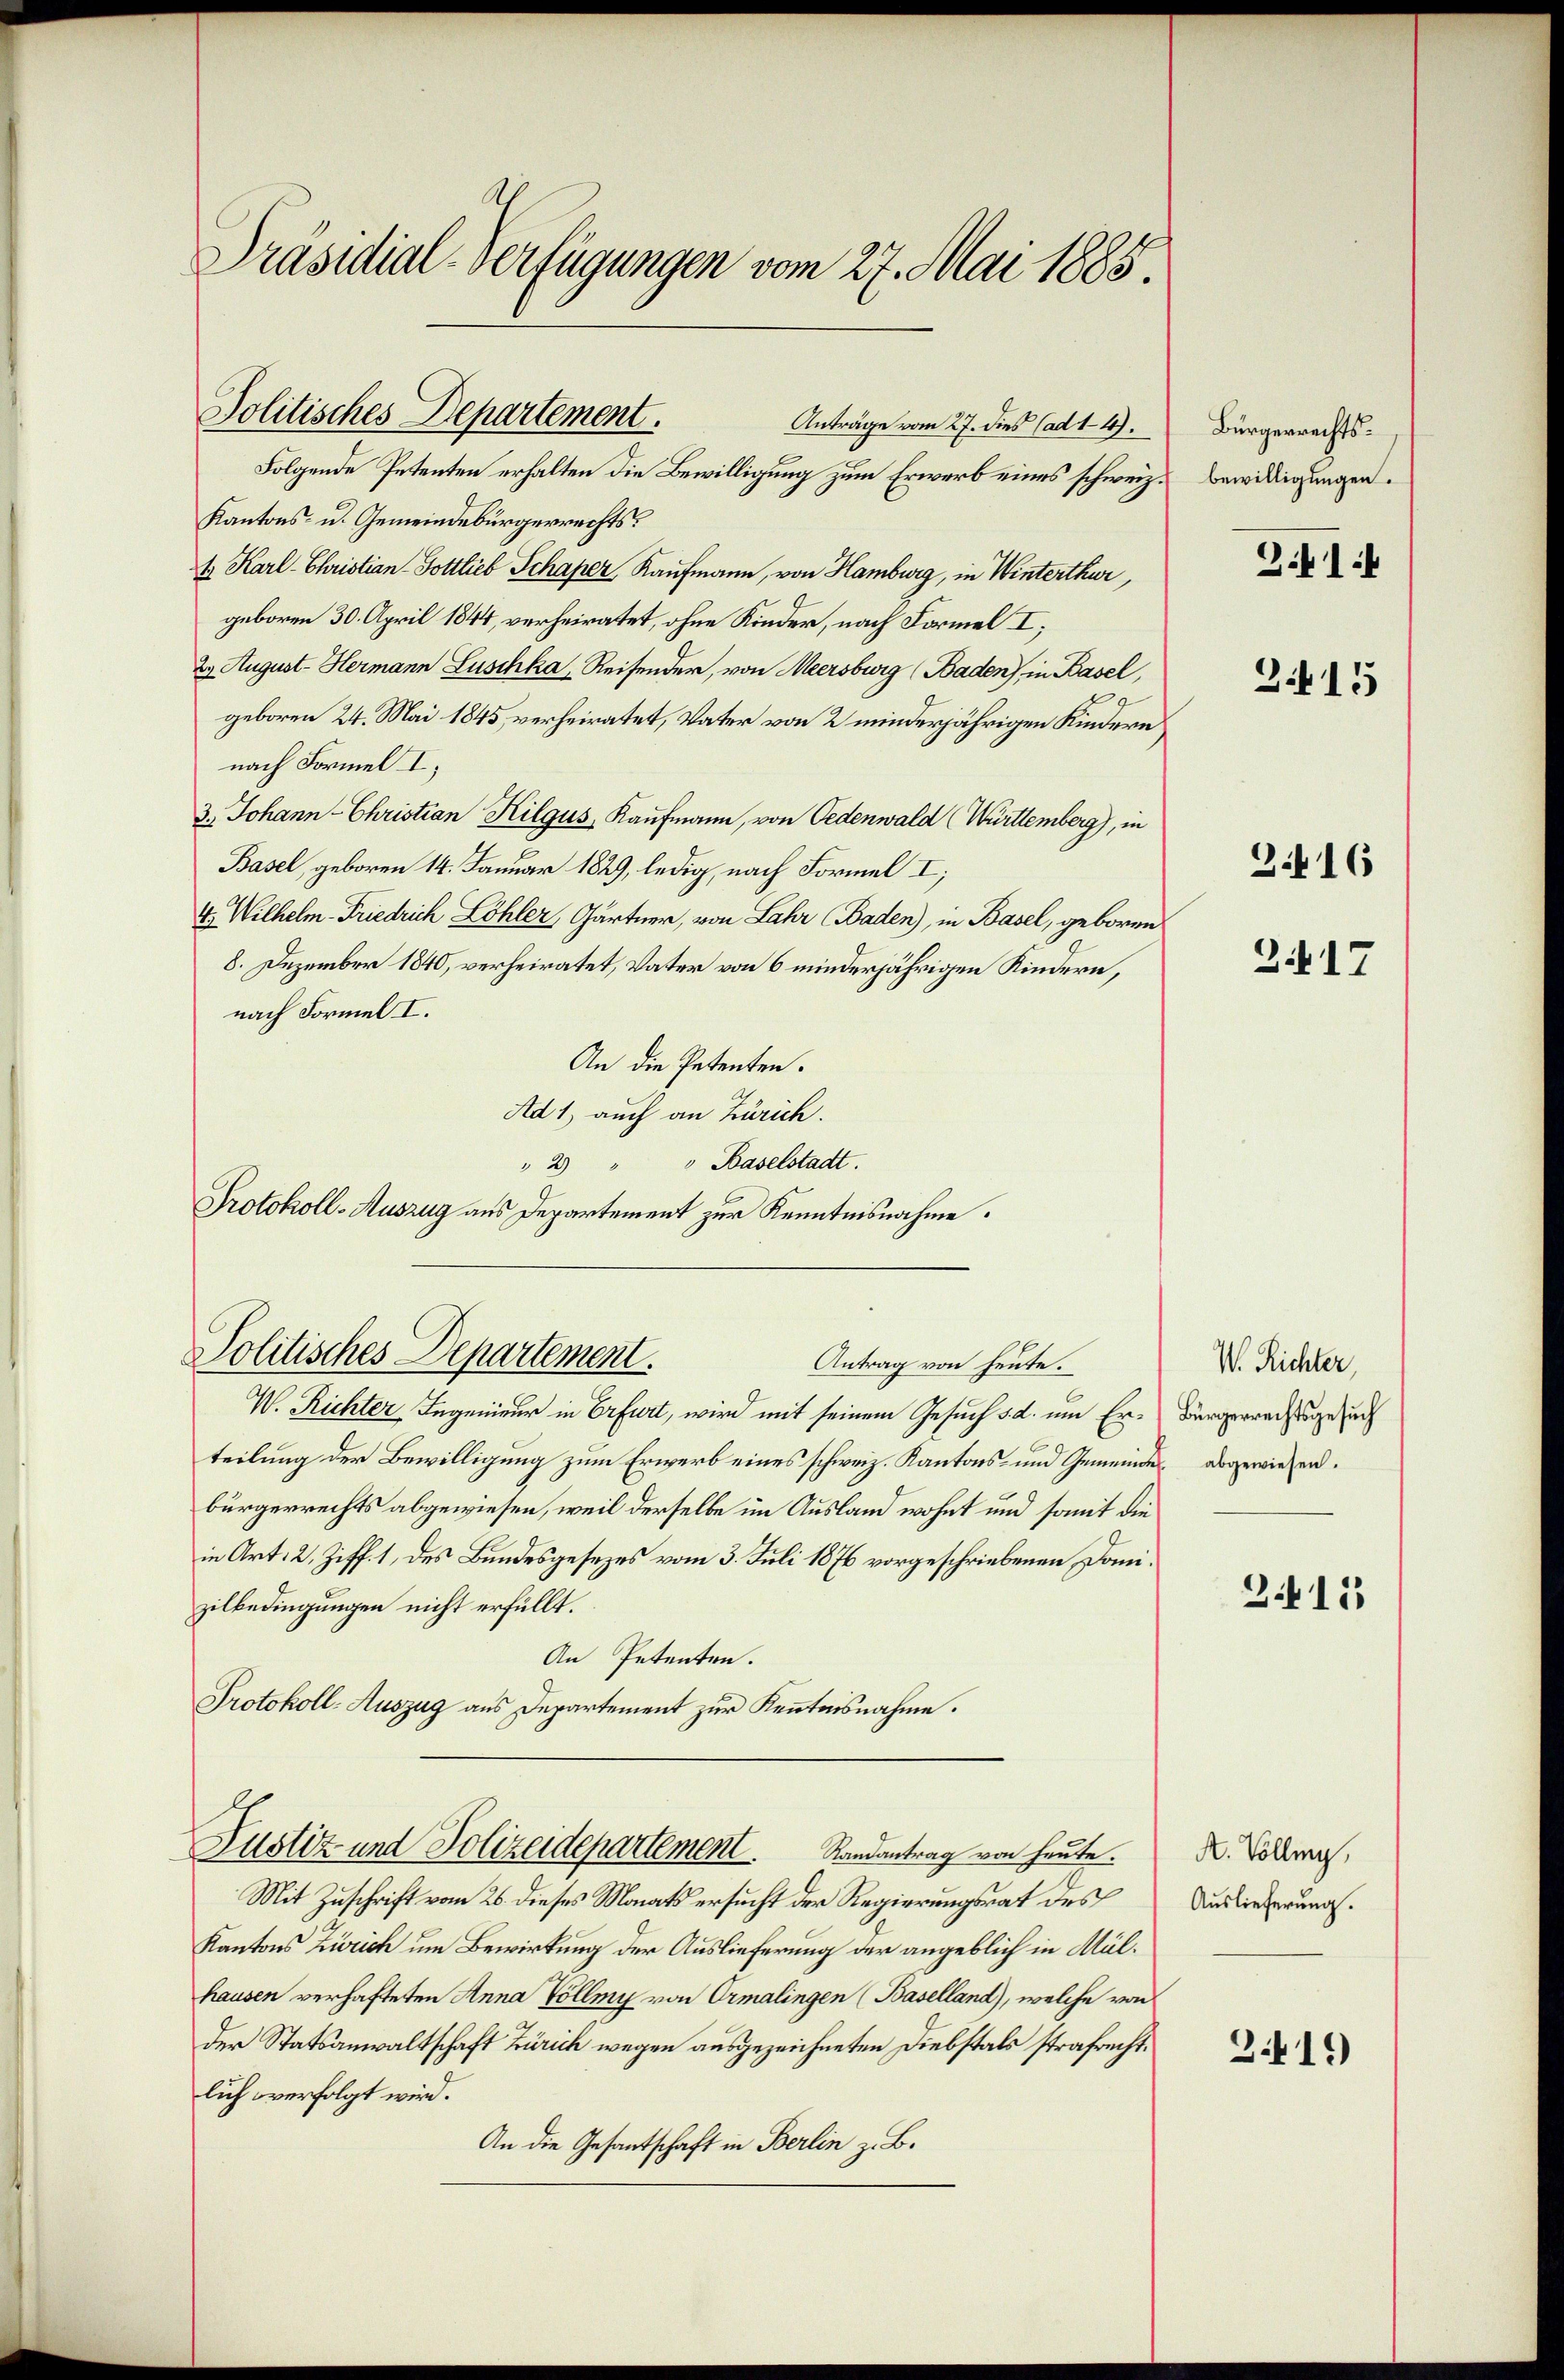
Folgende Petenten erhalten die Bewilligung zum Erwerb eines schweiz.
Kantons- u. Gemeindebürgerrechtst Karl-Christian Gottlieb Schaper Kaufmann, von Hamburg, in Winterthur,
geboren 30. April 1844, verheiratet, ohne Kinder, nach Formel I;
2 August Hermann Luschka, Reisender, von Meersburg (Baden), in Basel,
geboren 24. Mai 1845, verheiratet, Vater von 2 minderjährigen Kindern
nach Formel I
3. Johann - Christian Kilgus Kaufmann, von Oedenwald (Württemberg), in
Basel, geboren 14. Januar 1829, ledig, nach Formel I;
4. Wilhelm Friedrich Löhler, Gärtner, von Lahr (Baden), in Basel, geboren
8. Dezember 1840, verheiratet, Vater von 6 minderjährigen Kindern,
nach Formel I.
An die Petenten.
Ad 1, auch an Zürich.
" 2 " " Baselstadt.
Protokoll-Auszug aus Departement zur Kenntnisnahme.

Präsidial-Verfügungen vom 27. Mai 1885

Politisches Departement.
Anträge vom 27. dies (ad 14.

Politisches Departement.
Antrag von heute.

V. Richter Segenieur in Erfurt, wird mit seinem Gesuch d. d. um Er- Bürgerrechtsgesuc
teilung der Bewilligung zum Erwerb eines schweiz. Kantons- und Gemeinde abgewiesen.
bürgerrechts abgewiesen, weil derselbe im Ausland wohnt und somit die
in Art. 2, Ziff. 1, des Bundesgesezes vom 3. Juli 1876 vorgeschriebenen Domizilbedingungen nicht erfüllt.
An Petenten.
Protokoll-Auszug aus Departement zur Kenntnisnahme.

Justiz und Polizeidepartement. Randantrag von heute.

Mit Zuschrift vom 26. dieses Monats ersucht der Regierungsrat des
Kantons Zürich um Bewirkung der Auslieferung der angeblich in Mülhausen verhafteten Anna Volleg von Ormalingen (Baselland), welche von
der Statsanwaltschaft Zürich wegen ausgezeichneten Diebstals strafrecht.
lich verfolgt wird.
An die Gesantschaft in Berlin z. B.

Bürgerrechtsbewilligungen.
Z.41:4

315

3.416

2.17

W. Richter,

211

A. Volling,
Auslieferung.

2419